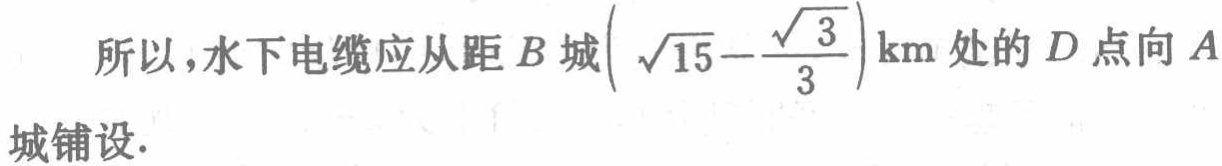
所以，水下电缆应从距\(B\)城\((\sqrt{15}-\frac{\sqrt{3}}{3})\text{km}\)处的\(D\)点向\(A\)城铺设.